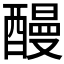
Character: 𨢥